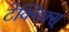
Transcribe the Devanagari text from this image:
टेक्निक्स्